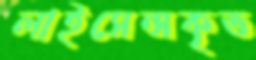
লাইসেন্সকৃত